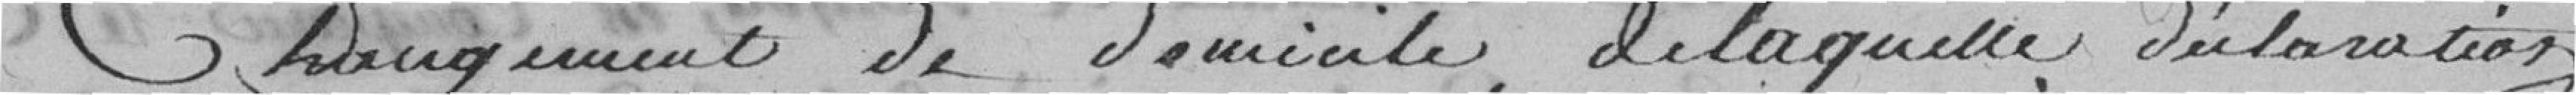
changement de domicile, delaquelle déclaration